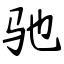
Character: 驰